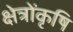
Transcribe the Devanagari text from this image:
क्षेत्रोंकृषि